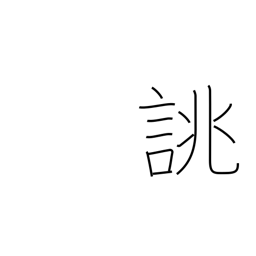
Meaning: order